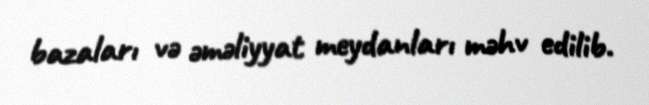
bazaları və əməliyyat meydanları məhv edilib.